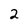
Character: 2